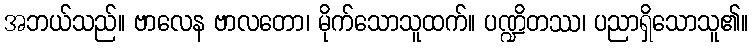
အဘယ်သည်။ ဗာလေန ဗာလတော၊ မိုက်သောသူထက်။ ပဏ္ဍိတဿ၊ ပညာရှိသောသူ၏။